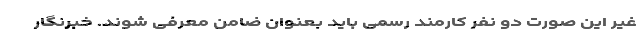
غیر این صورت دو نفر کارمند رسمی باید بعنوان ضامن معرفی شوند. خبرنگار